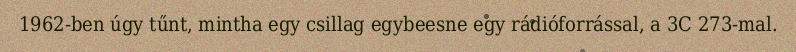
1962-ben úgy tűnt, mintha egy csillag egybeesne egy rádióforrással, a 3C 273-mal.